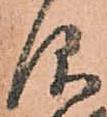
仰